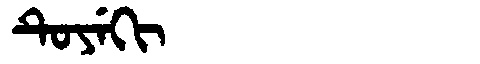
Manchu: ᡨᡠᠶᡝᡴᡳ
Romanization: TUYEKI